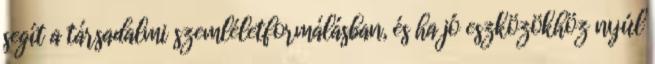
segít a társadalmi szemléletformálásban, és ha jó eszközökhöz nyúl